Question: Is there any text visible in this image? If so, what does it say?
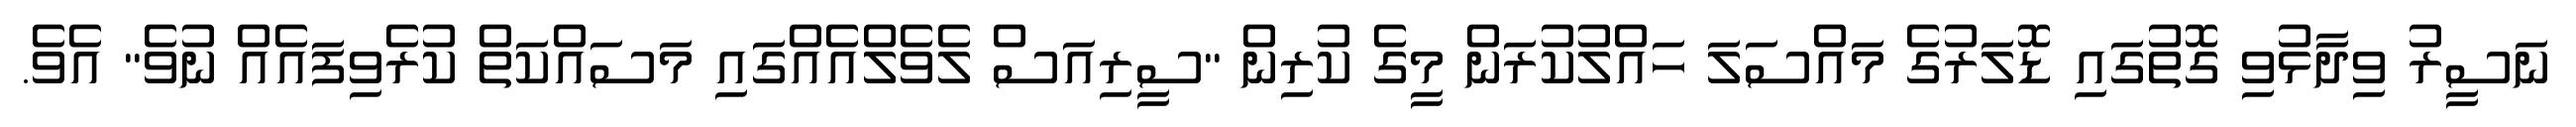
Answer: ނަސީރު ވިދާޅުވި ގޮތުގައި ޑޮލަރުގެ މައްސަލަ ހައްލުކުރަން މީގެ ކުރިން "ސީރިއަސް ލެވެލްއެއްގައި މަސައްކަތް ކުރެވިފައެއް ނުވެ" އެވެ.